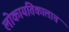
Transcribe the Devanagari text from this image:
लोकायतिकालाच